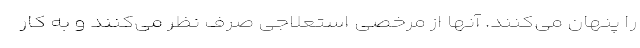
را پنهان می‌کنند. آنها از مرخصی استعلاجی صرف نظر می‌کنند و به کار